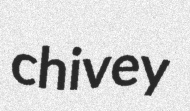
chivey